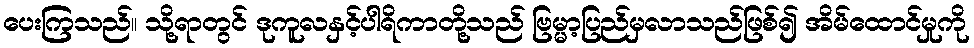
ပေးကြသည်။ သို့ရာတွင် ဒုကူလနှင့်ပါရိကာတို့သည် ဗြမ္မာ့ပြည်မှလာသည်ဖြစ်၍ အိမ်ထောင်မှုကို